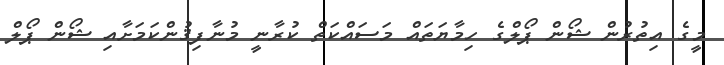
މީގެ އިތުރުން ޝޯން ޕޯލްގެ ހިމާޔަތައް މަސައްކަތް ކުރާނީ މުނާފިޤުންކަމަށާއި ޝޯން ޕޯލް